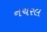
નચરલ